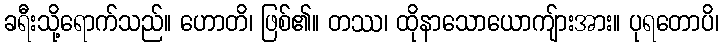
ခရီးသို့ရောက်သည်။ ဟောတိ၊ ဖြစ်၏။ တဿ၊ ထိုနာသောယောကျ်ားအား။ ပုရတောပိ၊